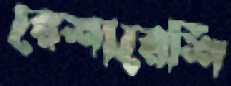
রেশারেশি